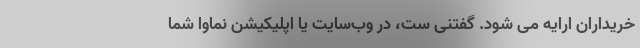
خریداران ارایه می شود. گفتنی ست، در وب‌سایت یا اپلیکیشن نماوا شما